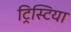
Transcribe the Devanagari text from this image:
ट्रिस्टिया